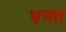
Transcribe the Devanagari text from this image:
भ्रमत